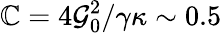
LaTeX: \mathbb{C}=4\mathcal{{G}}_{0}^{2}/\gamma\kappa\sim0.5